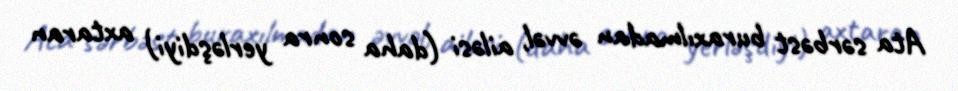
Ata sərbəst buraxılmadan əvvəl, ailəsi (daha sonra yerləşdiyi) axtaran